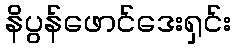
နိပွန်ဖောင်ဒေးရှင်း